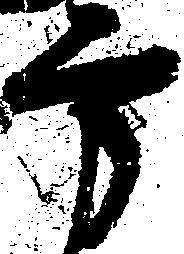
方